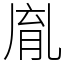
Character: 𦚯